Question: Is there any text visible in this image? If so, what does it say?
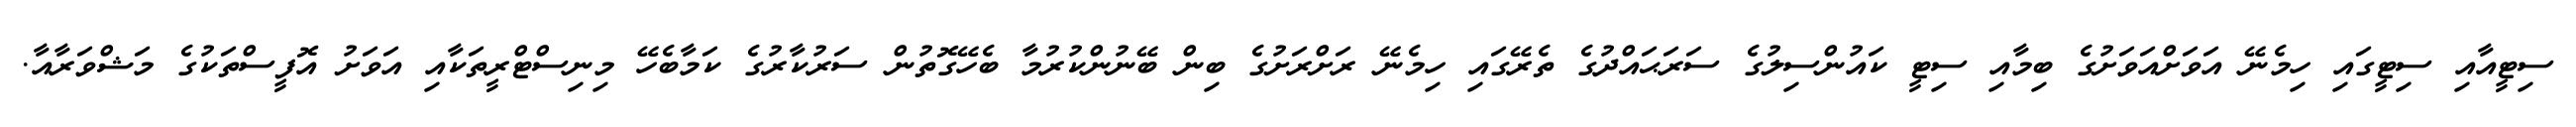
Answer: ސިޓީއާއި ސިޓީގައި ހިމެނޭ އަވަށްއަވަށުގެ ބިމާއި ސިޓީ ކައުންސިލުގެ ސަރަޙައްދުގެ ތެރޭގައި ހިމެނޭ ރަށްރަށުގެ ބިން ބޭނުންކުރުމާ ބެހޭގޮތުން ސަރުކާރުގެ ކަމާބެހޭ މިނިސްޓްރީތަކާއި އަވަށު އޮފީސްތަކުގެ މަޝްވަރާއާ.